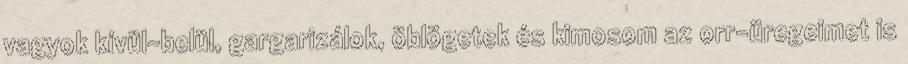
vagyok kívül-belül, gargarizálok, öblögetek és kimosom az orr-üregeimet is